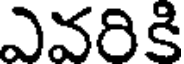
ఎవరికి